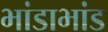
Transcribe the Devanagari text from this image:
भांडाभांड